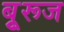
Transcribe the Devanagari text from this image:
बुूरूज